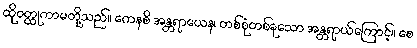
ထိုဝတ္ထုကာမတို့သည်။ ကေနစိ အန္တရာယေန၊ တစ်စုံတစ်ခုသော အန္တရာယ်ကြောင့်။ စေ